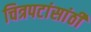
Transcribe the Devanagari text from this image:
चित्रपटांसांठी